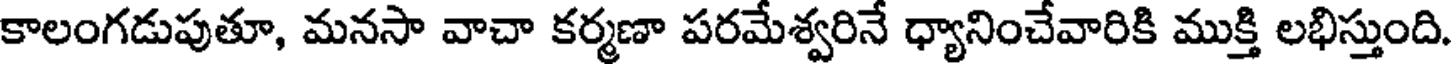
కాలంగడుపుతూ, మనసా వాచా కర్మణా పరమేశ్వరినే ధ్యానించేవారికి ముక్తి లభిస్తుంది.